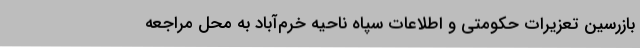
بازرسین تعزیرات حکومتی و اطلاعات سپاه ناحیه خرم‌آباد به محل مراجعه